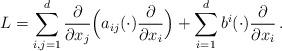
LaTeX: \begin{align*} L=\sum_{i,j=1}^d \frac{\partial}{\partial x_j}\Big(a_{ij}(\cdot)\frac{\partial}{\partial x_i}\Big)+\sum_{i=1}^db^i(\cdot)\frac{\partial}{\partial x_i}\,.\end{align*}